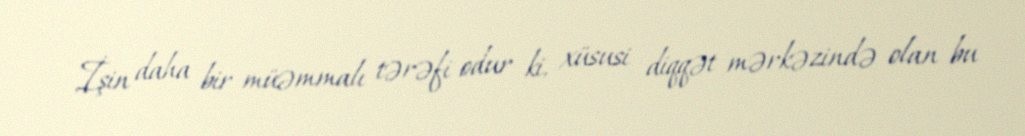
İşin daha bir müəmmalı tərəfi odur ki, xüsusi diqqət mərkəzində olan bu